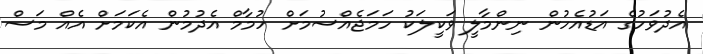
އެދުވަހުގެ އަޑުއެހުން ނިންމާލީ ވަކީލަކު ހަމަޖެއްސުމަށް ހުމާމް އެދުމުން އެކަމަށް އެއް މަސް